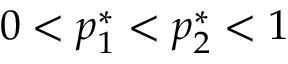
0 < p _ { 1 } ^ { * } < p _ { 2 } ^ { * } < 1